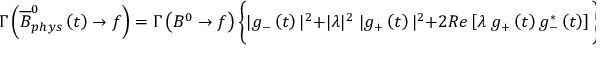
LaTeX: \Gamma \left( \overline { { { B } } } _ { p h y s } ^ { 0 } \left( t \right) \rightarrow f \right) = \Gamma \left( B ^ { 0 } \rightarrow f \right) \bigg \{ | g _ { - } \left( t \right) | ^ { 2 } + | \lambda | ^ { 2 } \; | g _ { + } \left( t \right) | ^ { 2 } + 2 R e \left[ \lambda \; g _ { + } \left( t \right) g _ { - } ^ { * } \left( t \right) \right] \bigg \} \; .